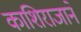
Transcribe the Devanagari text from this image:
काशिराजाने